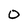
Character: O